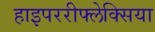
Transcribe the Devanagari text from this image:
हाइपररीफ्लेक्सिया